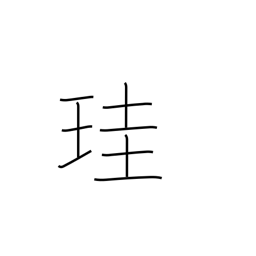
Meaning: jade scepter or tablet (authority symbol)